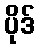
ပိုဒ်